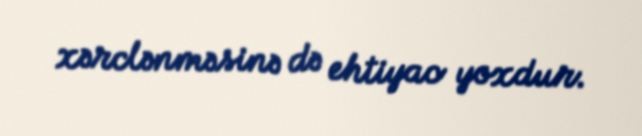
xərclənməsinə də ehtiyac yoxdur.